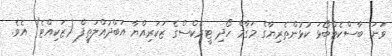
ވަނަ ބާސްކެޓްބޯޅަ ކުޅުންތެރިޔާގެ މަގާމް ހޯދި ޓީރެކްސްގެ ޒަކަރިއްޔާ އަބްދުއްލަތީފް (ޒަކިއްޓެ) އެވެ.